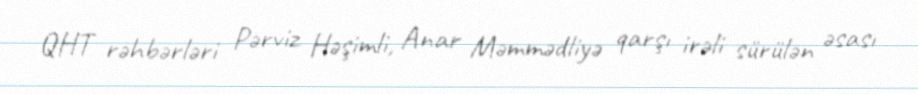
QHT rəhbərləri Pərviz Həşimli, Anar Məmmədliyə qarşı irəli sürülən əsası